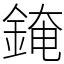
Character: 䤶